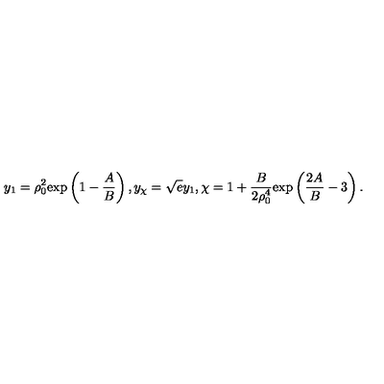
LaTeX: y _ { 1 } = \rho _ { 0 } ^ { 2 } \mathrm { e x p } \left( 1 - { \frac { A } { B } } \right) , y _ { \chi } = \sqrt { e } y _ { 1 } , \chi = 1 + { \frac { B } { 2 \rho _ { 0 } ^ { 4 } } } \mathrm { e x p } \left( { \frac { 2 A } { B } } - 3 \right) .